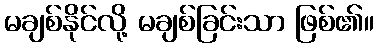
မချစ်နိုင်လို့ မချစ်ခြင်းသာ ဖြစ်၏။